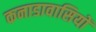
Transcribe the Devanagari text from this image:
कनाडावासियों